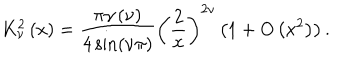
K _ { \nu } ^ { 2 } \left( x \right) = \frac { \pi \gamma \left( \nu \right) } { 4 \sin \left( \nu \pi \right) } \left( \frac { 2 } { x } \right) ^ { 2 \nu } \left( 1 + O \left( x ^ { 2 } \right) \right) .